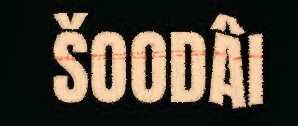
ŠOODÂI